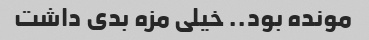
مونده بود.. خیلی مزه بدی داشت